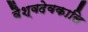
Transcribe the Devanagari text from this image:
वैश्वदेवकालि